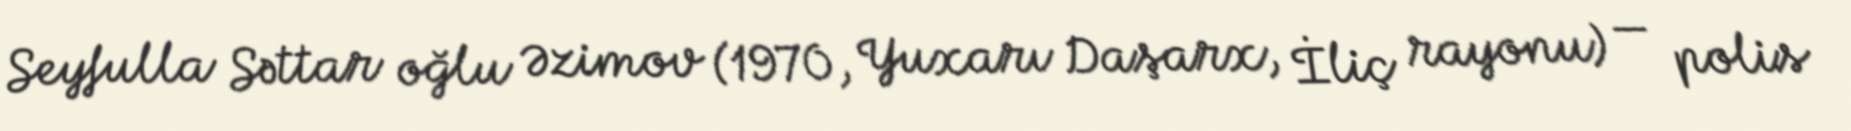
Seyfulla Səttar oğlu Əzimov (1970, Yuxarı Daşarx, İliç rayonu) — polis